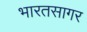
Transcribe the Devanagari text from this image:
भारतसागर